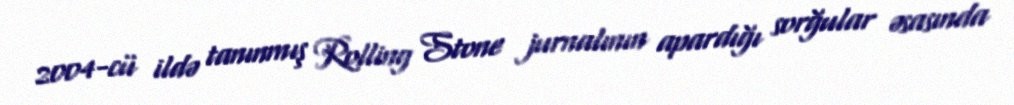
2004-cü ildə tanınmış Rolling Stone jurnalının apardığı sorğular əsasında